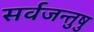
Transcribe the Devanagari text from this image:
सर्वजन्तुषु